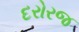
દરોરજ